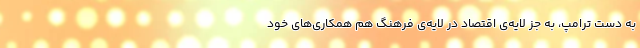
به دست ترامپ، به جز لایه‌ی اقتصاد در لایه‌ی فرهنگ هم همکاری‌های خود